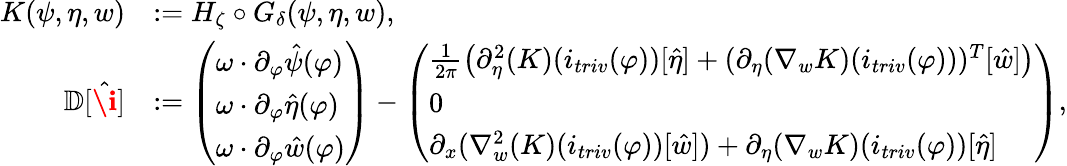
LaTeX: \begin{array}{rl}{K(\psi,\eta,w)}&{:=H_{\zeta}\circ G_{\delta}(\psi,\eta,w),}\\ {\mathbb{D}[\hat{\textbf{\i}}]}&{:=\left(\begin{array}{l}{\omega\cdot\partial_{\varphi}\hat{\psi}(\varphi)}\\ {\omega\cdot\partial_{\varphi}\hat{\eta}(\varphi)}\\ {\omega\cdot\partial_{\varphi}\hat{w}(\varphi)}\end{array}\right)-\left(\begin{array}{l}{\frac{1}{2\pi}\left(\partial_{\eta}^{2}(K)(i_{triv}(\varphi))[\hat{\eta}]+(\partial_{\eta}(\nabla_{w}K)(i_{triv}(\varphi)))^{T}[\hat{w}]\right)}\\ {0}\\ {\partial_{x}(\nabla_{w}^{2}(K)(i_{triv}(\varphi))[\hat{w}])+\partial_{\eta}(\nabla_{w}K)(i_{triv}(\varphi))[\hat{\eta}]}\end{array}\right),}\end{array}